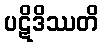
ပဋိဒိဿတိ